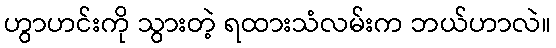
ဟွာဟင်းကို သွားတဲ့ ရထားသံလမ်းက ဘယ်ဟာလဲ။